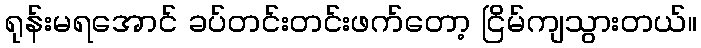
ရုန်းမရအောင် ခပ်တင်းတင်းဖက်တော့ ငြိမ်ကျသွားတယ်။